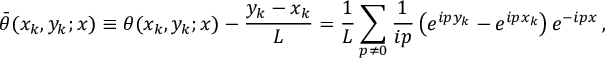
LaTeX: { \bar { \theta } } ( x _ { k } , y _ { k } ; x ) \equiv \theta ( x _ { k } , y _ { k } ; x ) - \frac { y _ { k } - x _ { k } } { L } = \frac { 1 } { L } \sum _ { p \ne 0 } \frac { 1 } { i p } \left( e ^ { i p y _ { k } } - e ^ { i p x _ { k } } \right) e ^ { - i p x } \, ,